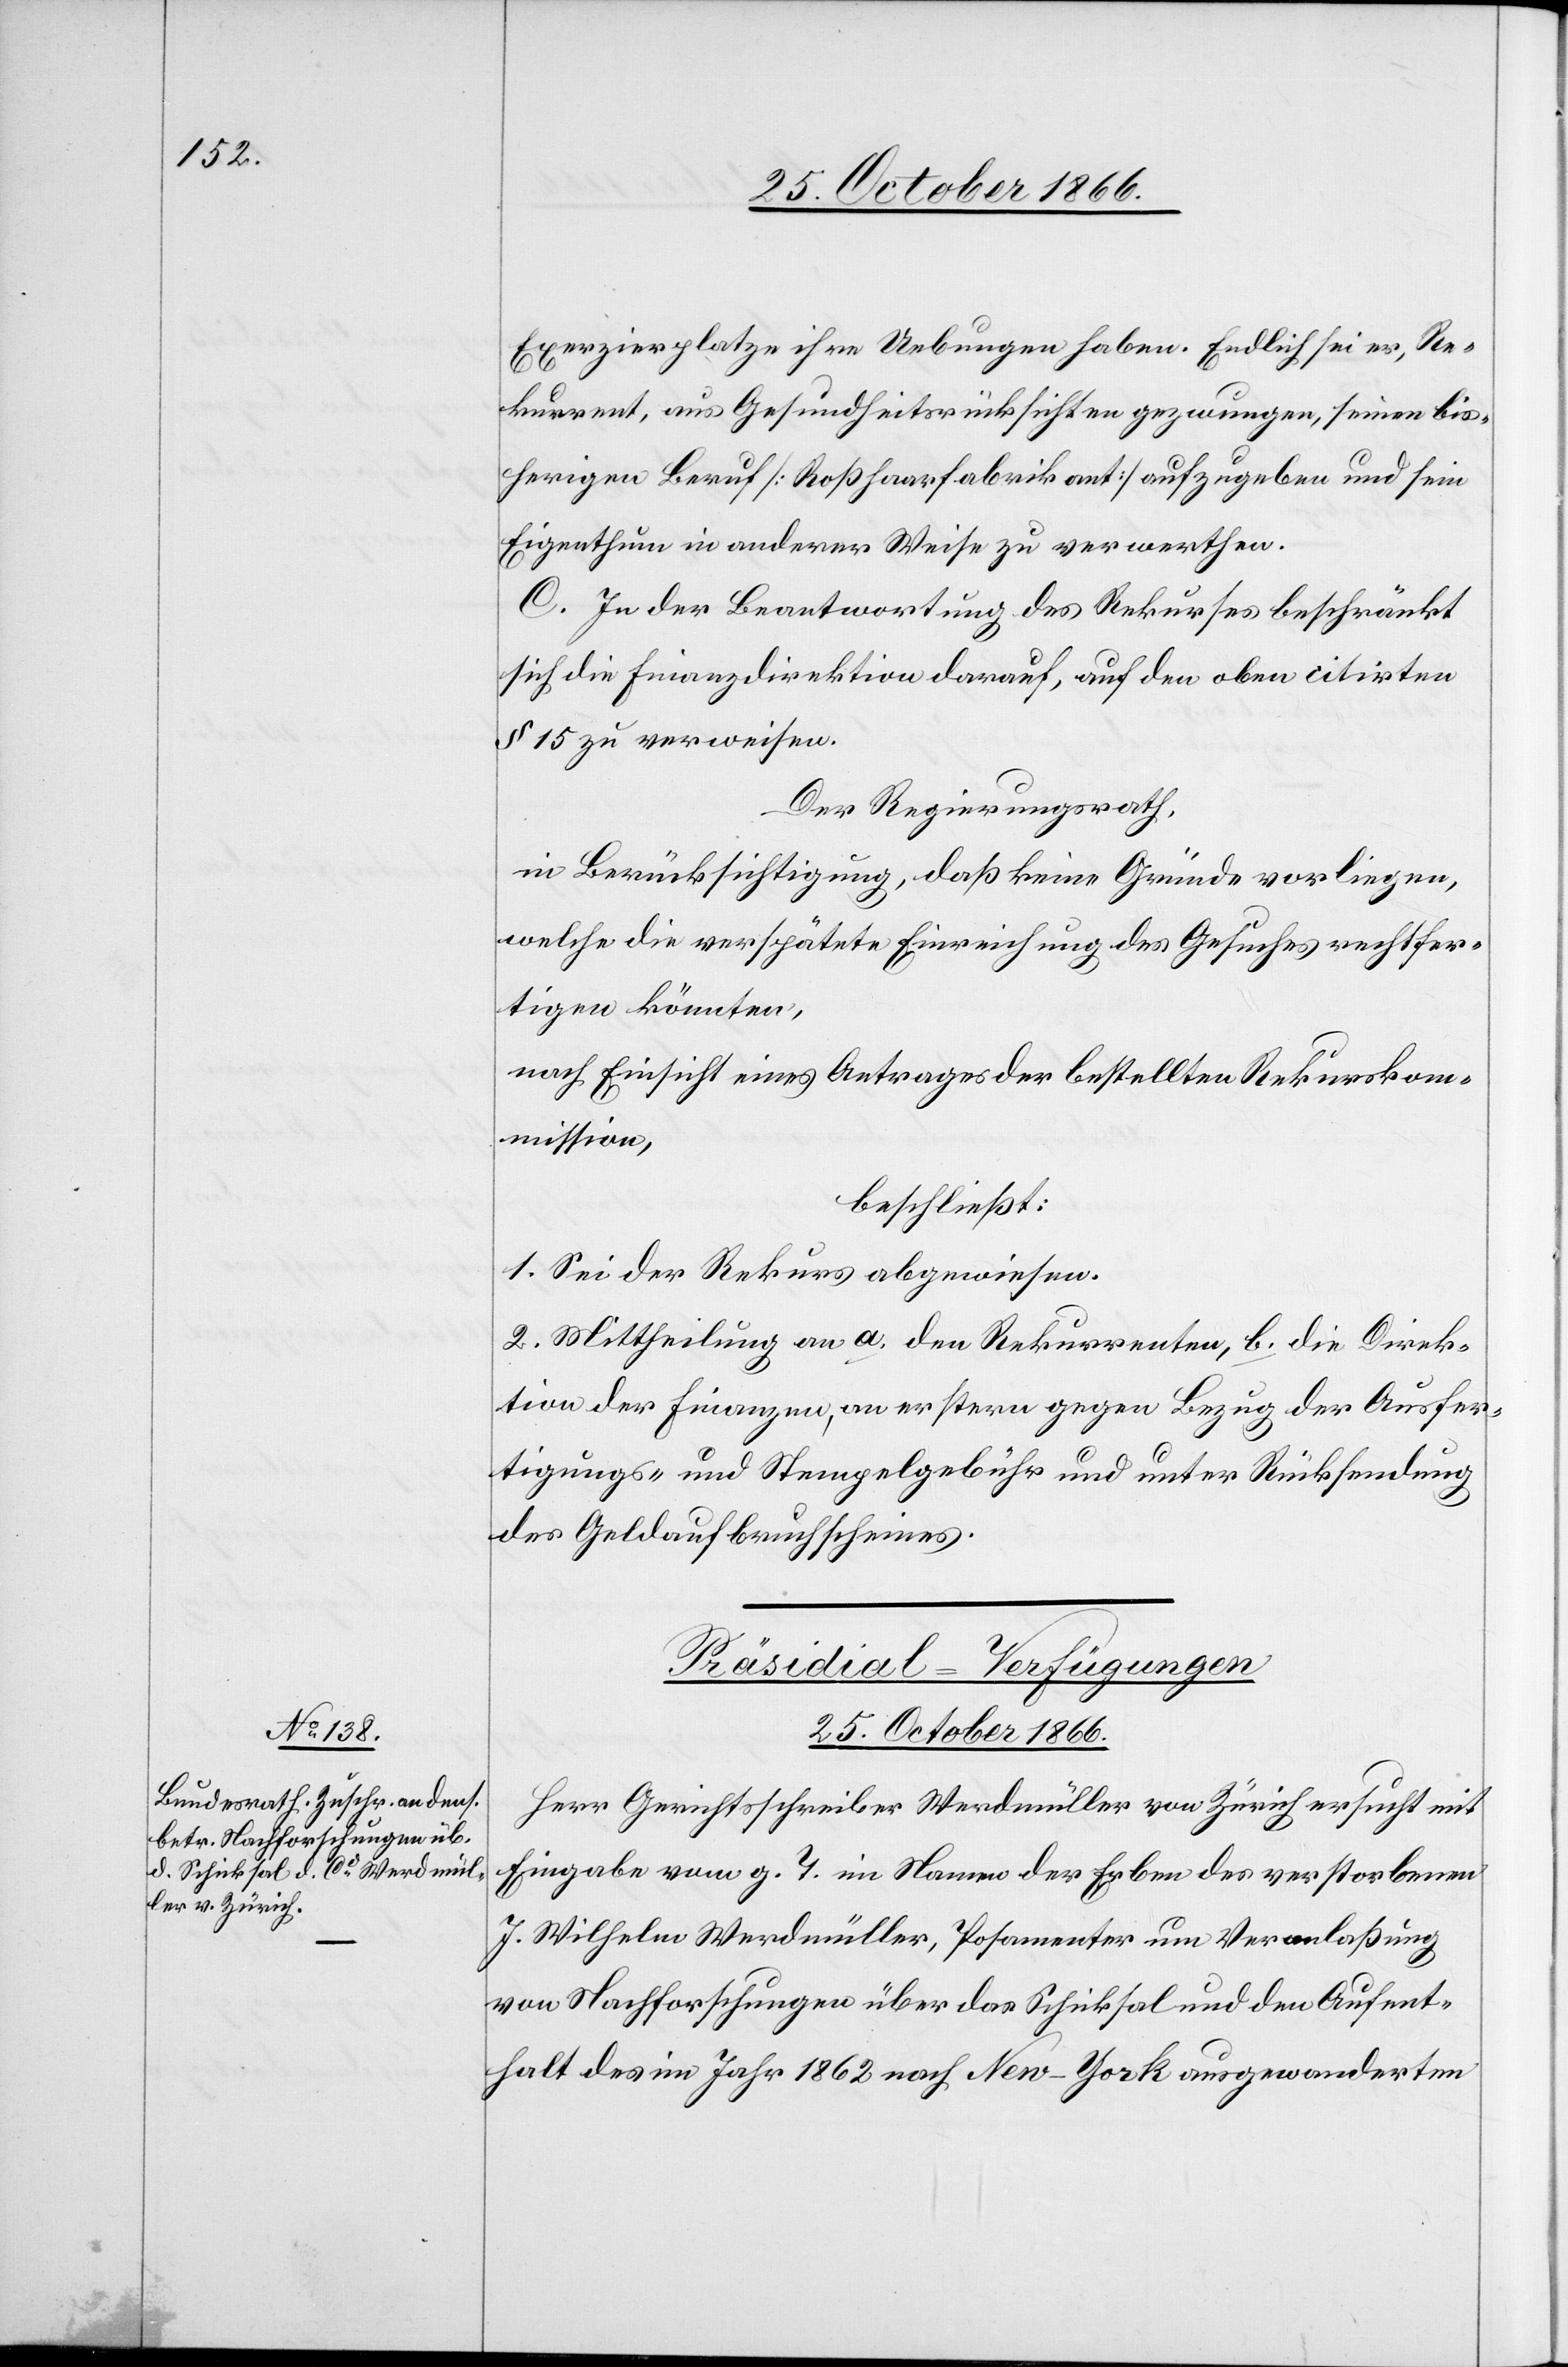
Exerzierplatze ihre Uebungen haben. Endlich sei er, Re¬
kurrent, aus Gesundheitsrücksichten gezwungen, seinen bis¬
herigen Beruf [Roßhaarfabrikant] aufzugeben und sein
Eigenthum in anderer Weise zu verwerthen.
C. In der Beantwortung des Rekurses beschränkt
sich die Finanzdirektion darauf, auf den oben citirten
§ 15 zu verweisen.
Der Regierungsrath,
in Berücksichtigung, daß keine Gründe vorliegen,
welche die verspätete Einreichung des Gesuches rechtfer¬
tigen könnten,
nach Einsicht eines Antrages der bestellten Rekurskom¬
mission,
beschließt:
1. Sei der Rekurs abgewiesen.
2. Mittheilung an a. den Rekurrenten, b. die Direk¬
tion der Finanzen, an erstere gegen Bezug der Ausfer¬
tigungs- und Stempelgebühr und unter Rücksendung
des Geldaufbruchscheines.
Präsidial-Verfügungen.
25. October 1866.
Herr Gerichtsschreiber Werdmüller von Zürich ersucht mit
Eingabe vom g. T. im Namen der Erben des verstorbenen
J. Wilhelm Werdmüller, Posamenter um Veranlaßung
von Nachforschungen über das Schicksal und den Aufent¬
halt des im Jahr 1862 nach New-York ausgewanderten